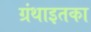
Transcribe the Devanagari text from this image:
ग्रंथाइतका